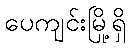
ပေကျင်းမြို့ရှိ